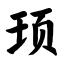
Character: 顼